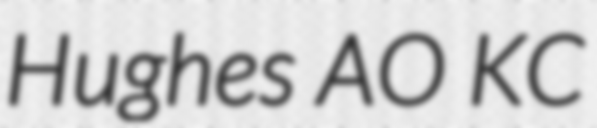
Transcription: Hughes AO KC